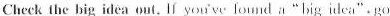
Check the big idea out. Ií you'v lou nd a"big idea"·go